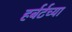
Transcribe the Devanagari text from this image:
हर्बर्टच्या